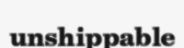
unshippable